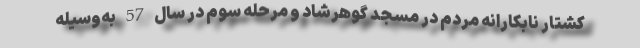
کشتار نابکارانه مردم در مسجد گوهرشاد و مرحله سوم در سال 57 به‌وسیله